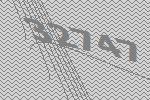
32747